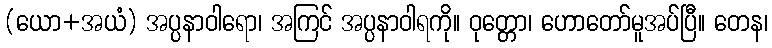
(ယော+အယံ) အပ္ပနာဝါရော၊ အကြင် အပ္ပနာဝါရကို။ ဝုတ္တော၊ ဟောတော်မူအပ်ပြီ။ တေန၊